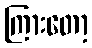
ကြားတော့